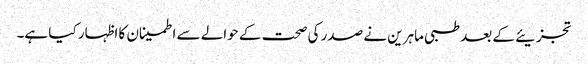
تجزیئے کے بعد طبی ماہرین نے صدر کی صحت کے حوالے سے اطمینان کا اظہار کیا ہے۔